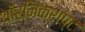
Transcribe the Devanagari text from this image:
थॉरनिक्राप्ट